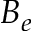
B _ { e }